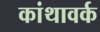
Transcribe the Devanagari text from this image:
कांथावर्क